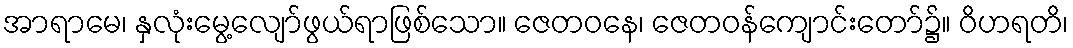
အာရာမေ၊ နှလုံးမွေ့လျော်ဖွယ်ရာဖြစ်သော။ ဇေတဝနေ၊ ဇေတဝန်ကျောင်းတော်၌။ ဝိဟရတိ၊